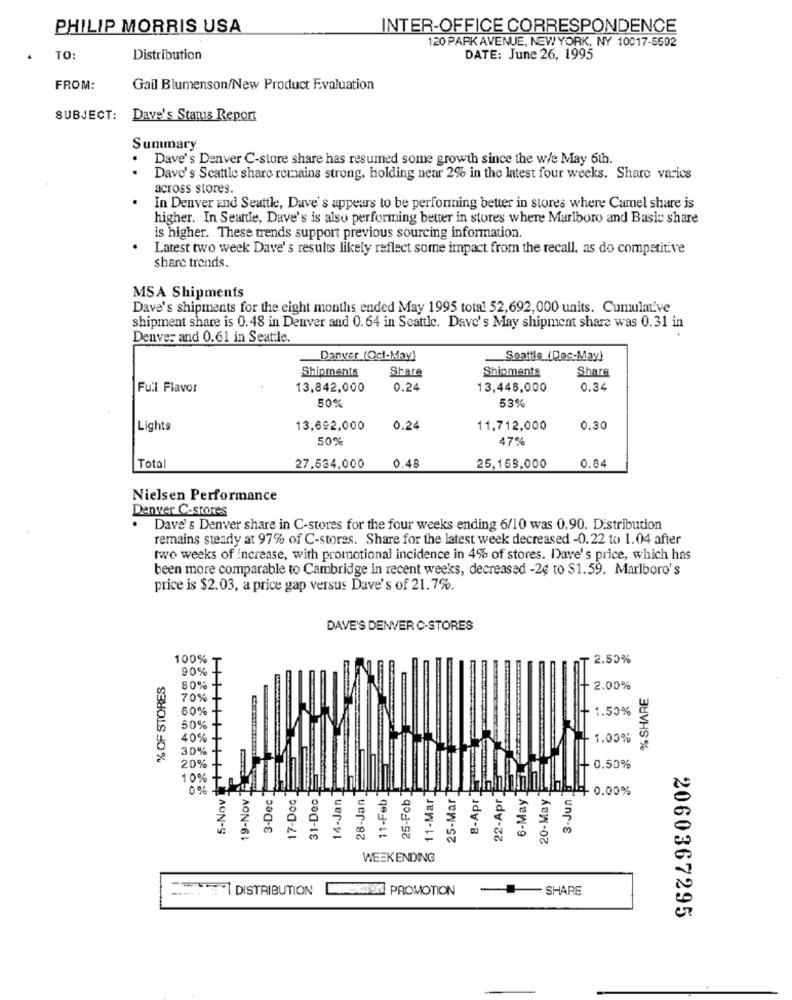
PHILIP MORRIS USA
INTER-OFFICE CORRESPONDENCE
120 PARK AVENUE, NEW YORK, NY 10017-5592
TO:
Distribution
DATE: June 26, 1995
FROM:
Gail Blumenson/New Product Evaluation
SUBJECT:
Dave's Status Report
Summary
.
Dave's Denver C-store share has resumed some growth since the w/e May 6th.
.
Dave's Scattle share remains strong, holding near 2% in the latest four weeks. Share varics
across stores.
In Denver and Seattle, Dave's appears to be perfonning better in stores where Camel share is
higher. In Seattle, Dave's is also performing better in stores where Marlboro and Basic share
is higher. These trends support previous sourcing information.
Latest two week Dave's results likely reflect some impact from the recall, as do competitive
share trends.
MSA Shipments
Dave's shipments for the eight months ended May 1995 total 52,692,000 units. Cumulative
shipment share is 0.48 in Denver and 0. 64 in Seattle. Dave's May shipment share was 0.31 in
Denver and 0.61 in Seattle.
Danver (Oct-May)
Seattle (Dec-May)
Shipments
Share
Shipments
Share
Full Flavor
13,842,000
0.24
13,446,000
0.34
50%
53%
Lights
13,692,000
0.24
11,712,000
0.30
50%
47%
Total
27,534,000
0.48
25,158,000
0.64
Nielsen Performance
Denver C-stores
Dave's Denver share in C-stores for the four weeks ending 6/10 was 0.90. Distribution
remains steady at 97% of C-stores. Share for the latest week decreased -0.22 to 1.04 after
two weeks of Increase, with promotional incidence in 4% of stores. Dave's price, which has
been more comparable to Cambridge in recent weeks, decreased -2¢ to $1.59. Marlboro's
price is $2.03, a price gap versus Dave's of 21.7%.
DAVE'S DENVER C-STORES
100%-
2.50%
90%+
% OF STORES
80%
2.00%
% SHARE
70%
60%
1.50%
50%
40%
1.00%
30%
20%
0.50%
10%
5-Nov
0 %
19-Nov
3-Dec
17-Doc
31-Dec.
14-Jan
28-Jan
11-Feb
25-Feb
11-Mar
25-Mar
8-Apr
22-Apr.
6-May
20-May
3-Jun.
0.00%
WEEKENDING
DISTRIBUTION
-SHARE
2060367295